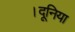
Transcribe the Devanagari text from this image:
।दूनिया